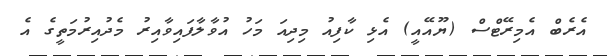
އެރެބް އެމިރޭޓްސް (ޔޫއޭއީ) އެޅި ކާފިއު މިދިއަ މަހު އުވާލާފައިވާއިރު މެދުއިރުމަތީގެ އެ